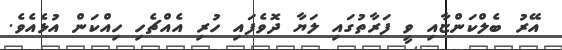
އޭރު ބެލްކަންޏާއި ވީ ފަރާތުގައި ލަޔާ ދޮވެފައި ހުރި އެއްޗެހި ހިއްކަން އުޅެއެވެ.